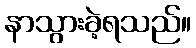
နာသွားခဲ့ရသည်။